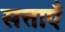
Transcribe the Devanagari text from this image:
सत्ताऍं